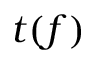
t ( f )